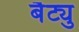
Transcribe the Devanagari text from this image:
बैट्यु